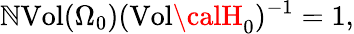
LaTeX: \mathbb{N}\mathrm{{Vol}}(\Omega_{0})(\mathrm{{Vol}}{\calH_{0}})^{-1}=1,